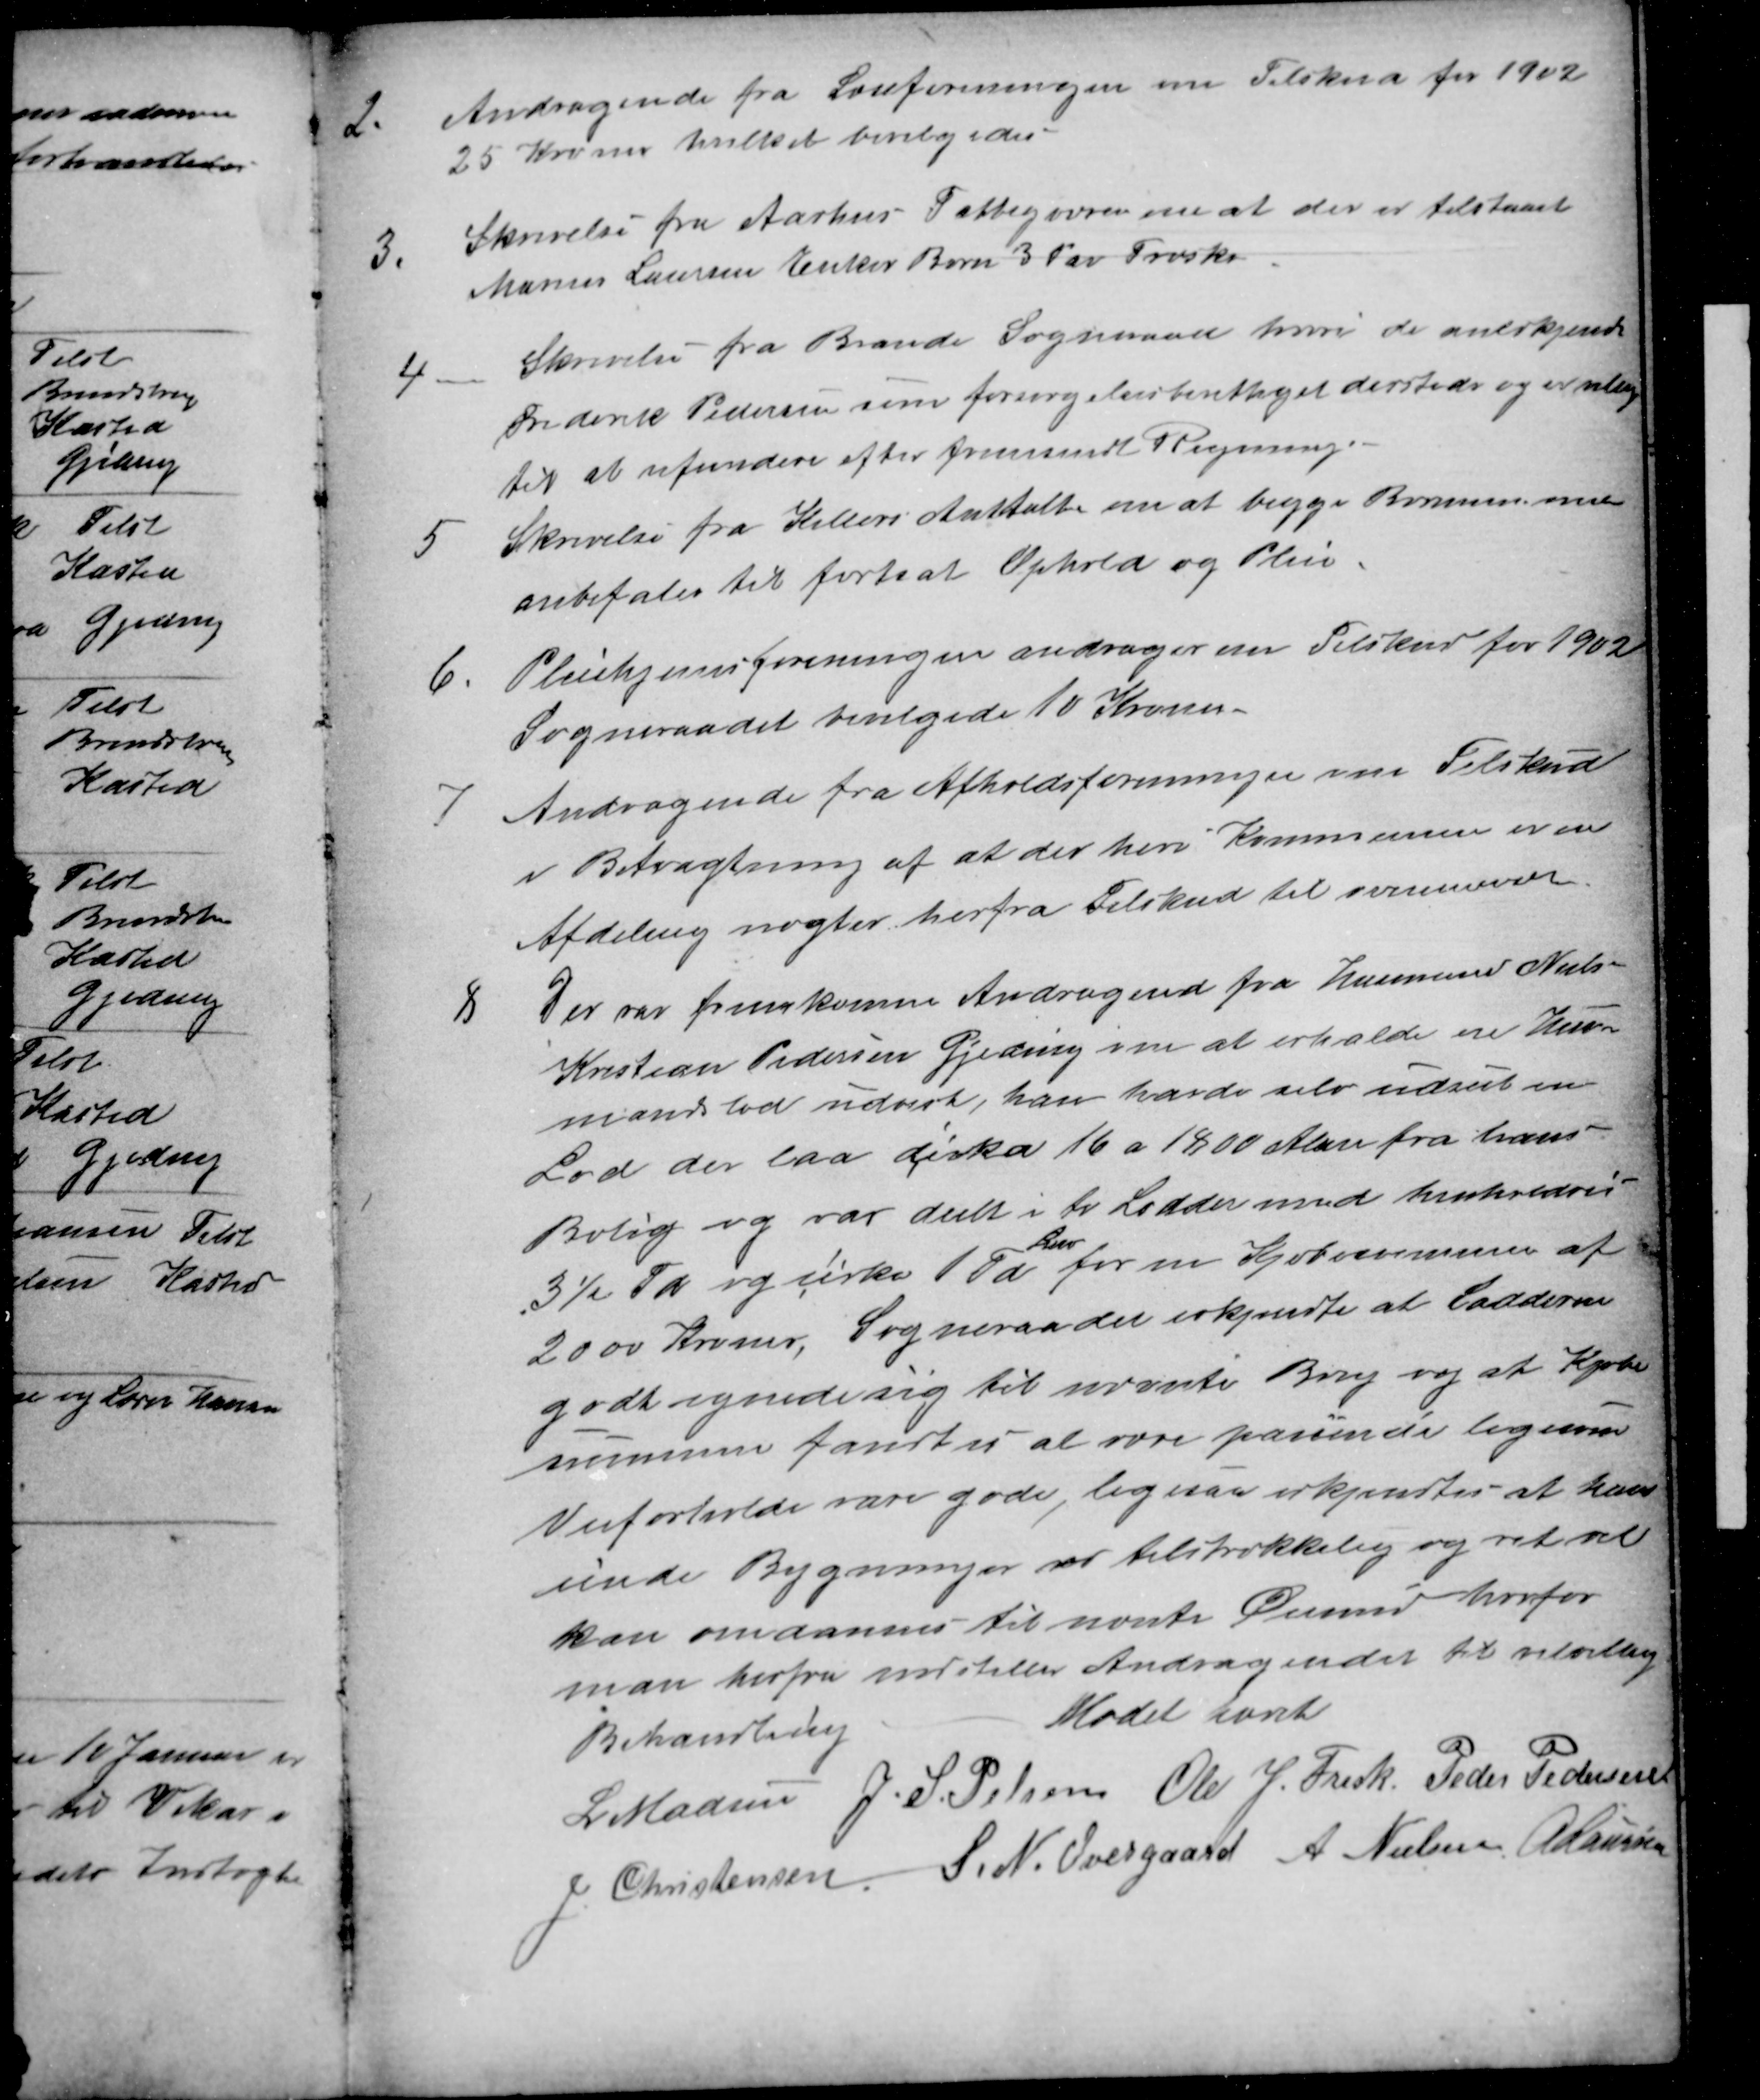
Transskription:
2.
Andragende fra Læseforeningen om Tilskud for 1902
25 Kroner hvilket bevilgedes
3.
Skrivelse fra Aarhus Fattigvæsen om at der er tilstaaet
Marius Laursen Enkes Børn 3 Par Træsko
4
Skrivelse fra Brande Sogneraad hvori de anerkjender
Frederik Pedersen som forsørgelsesberettiget dersteds og er villig
til at refundere efter fremsendt Regning.
5
Skrivelse fra Kellers Anstalter om at begge Børnene
anbefales til fortsat Ophold og Pleie
6.
Pleiehjemsforeningen andrager over Tilskud for 1902
Sogneraadet bevilgede 10 Kroner
7
Andragende fra Afholdsforeningen om Tilskud
i Betragtning af at der heri Kommunen er en
Afdeling nægtes herfra Tilskud til ovennævnte
8
Der var fremkomne Andragende fra Husmand Niels
Kristian Pedersen Gjeding om at erholde en Hus-
mandslod udredt, han havde selv udset en
Lod der paa cirka 16 a 1800 Alen fra hans
Bolig og var deelt i to Lodder med henholdvis
3½ Td og cirka 1 Td 
Area
for en Kjøbesummen af
2000 Kroner, Sogneraadet erkjendte at Lodderne
godt egnede sig til nævnte Brug og at Kjøbe
summen fandtes at være passende ligesom
Veiforholde vare gode, ligesaa erkjendtes at kuer
under Bygninger er tilstrækkelig og ret vel
kan omdannes til nævnte Øiemed hvorfor
man herfra indstiller Andragendet til velvillig
Behandling
Mødet hævet
L Madsen J. S. Pelsen Ole J. Frisk Peder Pedersen
J Christensen S. N. Overgaard A. Nielsen A Laursen